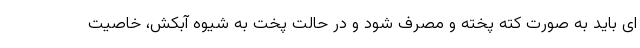
ای باید به صورت کته پخته و مصرف شود و در حالت پخت به شیوه آبکش، خاصیت